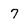
Character: 7